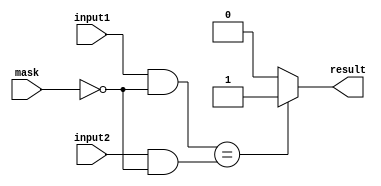
module masked_comparator (
    input  [7:0] input1,
    input  [7:0] input2,
    input  [7:0] mask,
    output reg result
);

always @(*) begin
    if ((input1 & ~mask) == (input2 & ~mask))
        result = 1;
    else
        result = 0;
end

endmodule